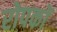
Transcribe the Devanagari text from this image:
रोपकों